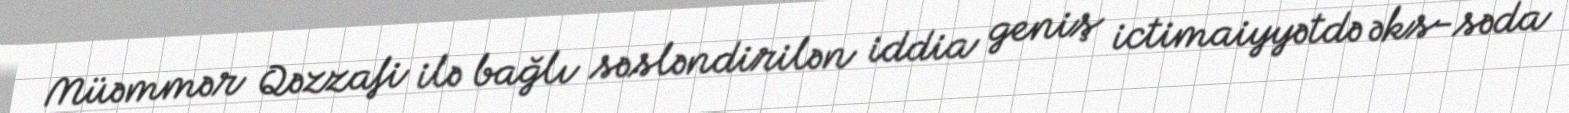
Müəmmər Qəzzafi ilə bağlı səsləndirilən iddia geniş ictimaiyyətdə əks-səda